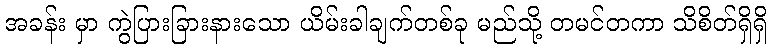
အခန်း မှာ ကွဲပြားခြားနားသော ယိမ်းခါချက်တစ်ခု မည်သို့ တမင်တကာ သိစိတ်ရှိရှိ